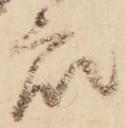
衆